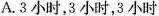
A.3小时，3小时，3小时